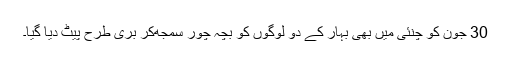
30 جون کو چنئی میں بھی بہار کے دو لوگوں کو بچہ چور سمجھ‌کر بری طرح پیٹ دیا گیا۔